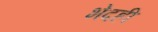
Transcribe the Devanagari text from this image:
भेदही